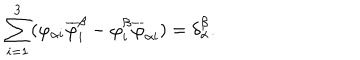
\sum _ { i = 1 } ^ { 3 } ( \varphi _ { \alpha i } \overline { { { \varphi } } } _ { i } ^ { \beta } - \varphi _ { i } ^ { \beta } \overline { { { \varphi } } } _ { \alpha i } ) = \delta { _ \alpha ^ { \beta } } .